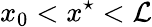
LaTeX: x_{0}<x^{\star}<\mathcal{L}